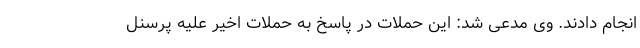
انجام دادند. وی مدعی شد: این حملات در پاسخ به حملات اخیر علیه پرسنل